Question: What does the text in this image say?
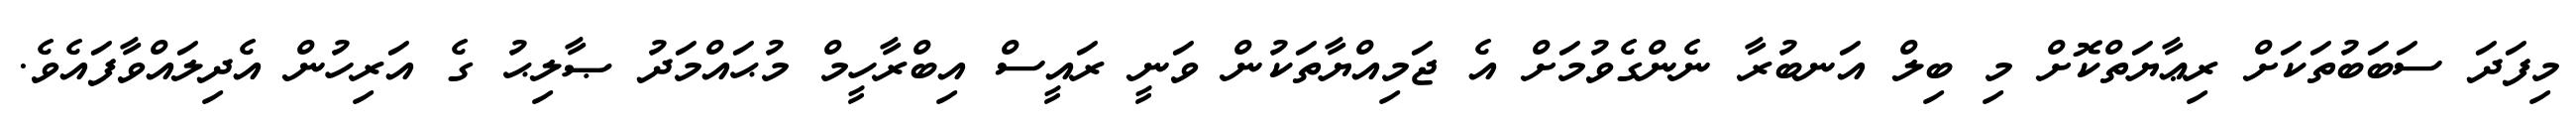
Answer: މިފަދަ ސަބަބުތަކަށް ރިޢާޔަތްކޮށް މި ބިލް އަނބުރާ ނެންގެވުމަށް އެ ޖަމިއްޔާތަކުން ވަނީ ރައީސް އިބްރާހީމް މުޙައްމަދު ޞާލިޙު ގެ އަރިހުން އެދިލައްވާފައެވެ.